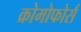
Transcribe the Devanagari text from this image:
क्रोमोफोर्स